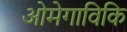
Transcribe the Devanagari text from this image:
ओमेगाविकि